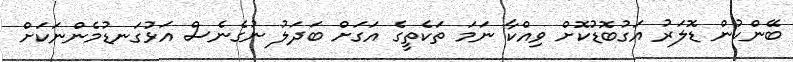
ބޭންކުން ޑޮލަރު އަގުބޮޑުކޮށް ވިއްކާ ނަމަ ތަކެތީގެ އަގަށް ބަދަލު ނުގެނެސް އަޅުގަނޑުމެންނަކަށް